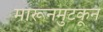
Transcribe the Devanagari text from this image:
मारूनमुटकून